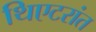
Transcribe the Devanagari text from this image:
थिएटरांत